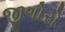
જીગોરો